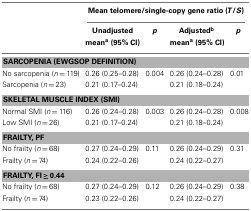
|  | <COLSPAN=4> Mean telomere/single-copy gene ratio (T/S) |
 |  | Unadjusted | p | Adjustedb | p |
 |  | meana (95% CI) |  | meana (95% CI) |  |
 | --- | --- | --- | --- | --- |
 | <COLSPAN=5> SARCOPENIA (EWGSOP DEFINITION) |
 | No sarcopenia (n = 119) | 0.26 (0.25–0.28) | 0.004 | 0.26 (0.24–0.28) | 0.01 |
 | Sarcopenia (n = 23) | 0.21 (0.17–0.24) |  | 0.21 (0.18–0.24) |  |
 | <COLSPAN=5> SKELETAL MUSCLE INDEX (SMI) |
 | Normal SMI (n = 116) | 0.26 (0.24–0.28) | 0.003 | 0.26 (0.24–0.28) | 0.008 |
 | Low SMI (n = 26) | 0.21 (0.17–0.24) |  | 0.21 (0.18–0.24) |  |
 | <COLSPAN=5> FRAILTY, PF |
 | No frailty (n = 68) | 0.27 (0.24–0.29) | 0.11 | 0.26 (0.24–0.29) | 0.31 |
 | Frailty (n = 74) | 0.24 (0.22–0.26) |  | 0.24 (0.22–0.27) |  |
 | <COLSPAN=5> FRAILTY, FI ≥ 0.44 |
 | No frailty (n = 68) | 0.27 (0.24–0.29) | 0.12 | 0.26 (0.24–0.29) | 0.38 |
 | Frailty (n = 74) | 0.23 (0.22–0.26) |  | 0.24 (0.22–0.27) |  |